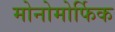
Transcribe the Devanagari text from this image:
मोनोमोर्फिक